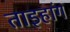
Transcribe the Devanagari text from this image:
ताइहांग